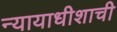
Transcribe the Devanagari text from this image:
न्यायाधीशाची